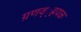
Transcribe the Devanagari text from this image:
ग्रणव््ह्रयक